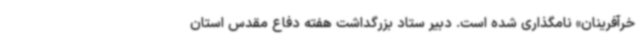
خرآفرینان» نامگذاری شده است. دبیر ستاد بزرگداشت هفته دفاع مقدس استان